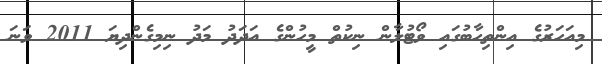
މިއަހަރުގެ އިންތިހާބުގައި ވޯޓުލާން ނިކުތް މީހުންގެ އަދަދު މަދު ނިމިގެންދިޔަ 2011 ވަނަ